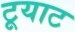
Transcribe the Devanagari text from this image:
टूयाट